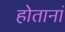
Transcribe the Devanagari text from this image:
होतानां